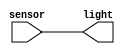
module sensor(sensor, light);

input sensor;
output light;

//lights up an LED when sensor is high
and buttonPressed(light, sensor, 1'b1);

endmodule